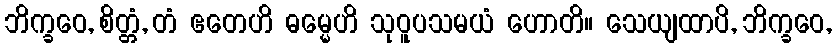
ဘိက္ခဝေ, စိတ္တံ, တံ ဧတေဟိ ဓမ္မေဟိ သုဝူပသမယံ ဟောတိ။ သေယျထာပိ, ဘိက္ခဝေ,